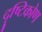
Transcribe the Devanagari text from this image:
दॄष्टिकोण